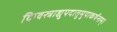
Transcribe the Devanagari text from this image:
दिग्वस्त्राद्युपदातुमुपाकर्षन्तम्‌।